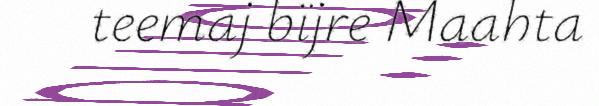
teemaj bïjre Maahta